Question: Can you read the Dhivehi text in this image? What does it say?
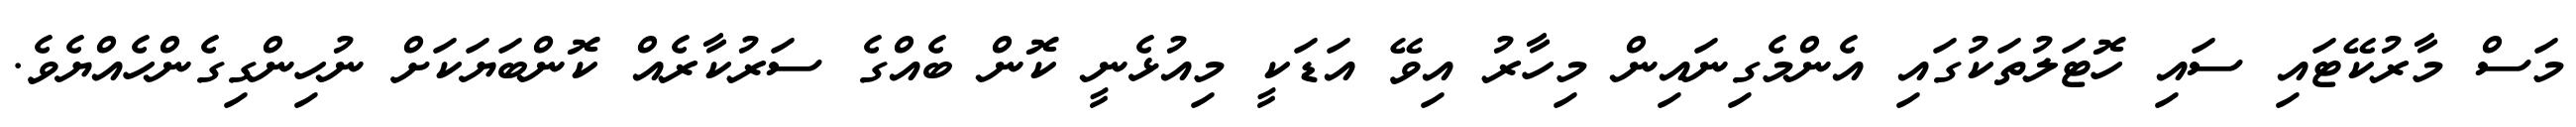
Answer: މަސް މާރުކޭޓައި ސައި ހޮޓަލުތަކުގައި އެންމެގިނައިން މިހާރު އިވޭ އަޑަކީ މިއުޅެނީ ކޮން ބެއްގެ ސަރުކާރެއް ކޮންބަޔަކަށް ނުހިންގިގެންހެއްޔެވެ.